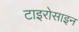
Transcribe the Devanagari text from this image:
टाइरोसाइन